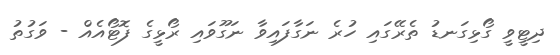
ދިޓީވީ ގޯޅިގަނޑު ތެރޭގައި ހުރެ ނަގާފައިވާ ނަގޫވައި ރޯޅީގެ ފޮޓޯއެއް - ވަގުތު